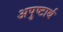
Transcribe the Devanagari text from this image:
अपुष्टार्थ